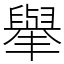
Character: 𦦙